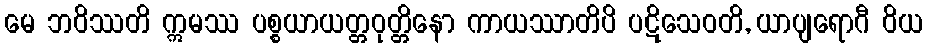
မေ ဘဝိဿတိ ဣမဿ ပစ္စယာယတ္တဝုတ္တိနော ကာယဿာတိပိ ပဋိသေဝတိ, ယာပျရောဂီ ဝိယ